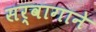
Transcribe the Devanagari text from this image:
सर्वागाने